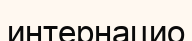
интернацио